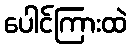
ပေါင်ကြားထဲ